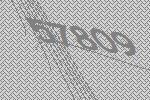
57809